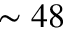
\sim 4 8